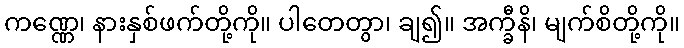
ကဏ္ဏေ၊ နားနှစ်ဖက်တို့ကို။ ပါတေတွာ၊ ချ၍။ အက္ခီနိ၊ မျက်စိတို့ကို။